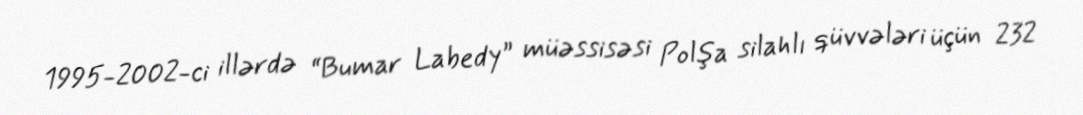
1995-2002-ci illərdə “Bumar Labedy” müəssisəsi Polşa silahlı qüvvələri üçün 232